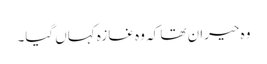
وہ حیران تھا کہ وہ غازہ کہاں گیا۔